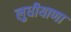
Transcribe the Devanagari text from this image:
लुधीयाणा